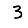
Digit: 3